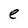
Character: e